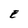
Character: E